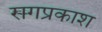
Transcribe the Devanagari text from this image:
रागप्रकाश